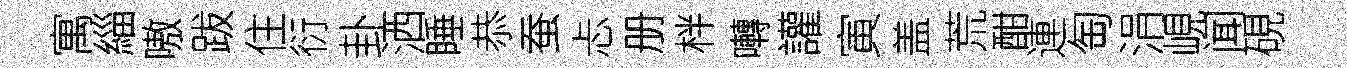
寓緇嗷跋住衍卦洒睡恭蚕忐册柈囀讙寅盖荒酣連匋涓峴闻硯